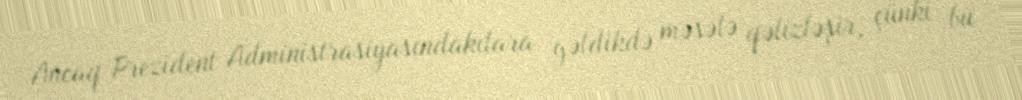
Ancaq Prezident Administrasiyasındakılara gəldikdə məsələ qəlizləşir, çünki bu